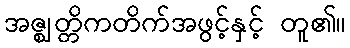
အဇ္ဈတ္တိကတိက်အဖွင့်နှင့် တူ၏။